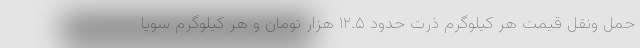
حمل ونقل قیمت هر کیلوگرم ذرت حدود ۱۲.۵ هزار تومان و هر کیلوگرم سویا